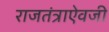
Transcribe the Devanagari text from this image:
राजतंत्राऐवजी